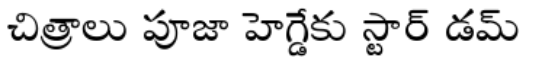
చిత్రాలు పూజా హెగ్డేకు స్టార్ డమ్